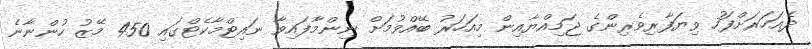
ދެއަހަރަށްފަހު ވިޔަފާރިވެރިންގެ ޖަމިއްޔާއިން މިއަހަރު ބޭއްވުމަށް ނިންމާފައިވާ ނައިޓްމާކެޓްގައި 450 މޭޒު ހުންނާނެ